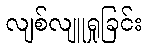
လျစ်လျူရှုခြင်း